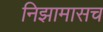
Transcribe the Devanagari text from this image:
निझामासच